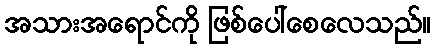
အသားအရောင်ကို ဖြစ်ပေါ်စေလေသည်။